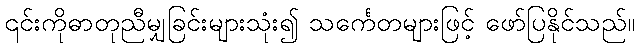
၎င်းကိုဓာတုညီမျှခြင်းများသုံး၍ သင်္ကေတများဖြင့် ဖော်ပြနိုင်သည်။